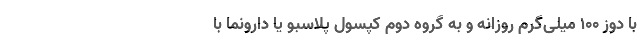
با دوز ۱۰۰ میلی‌گرم روزانه و به گروه دوم کپسول پلاسبو یا دارونما با